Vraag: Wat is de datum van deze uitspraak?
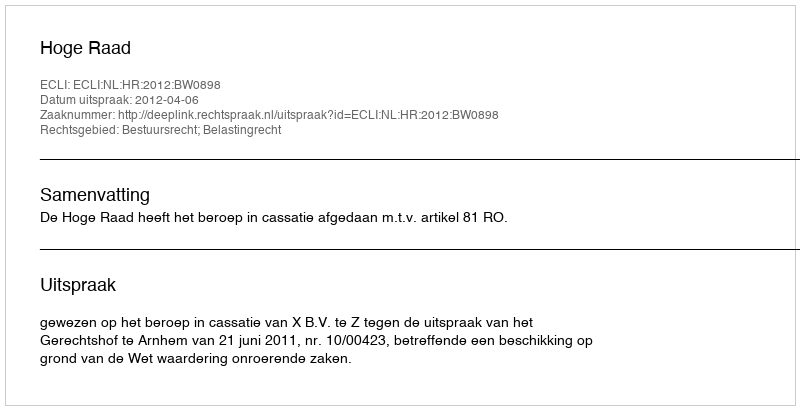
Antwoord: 2012-04-06